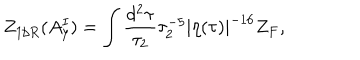
LaTeX: Z _ { 1 / R } ( A _ { y } ^ { I } ) = \int \frac { d ^ { 2 } \tau } { \tau _ { 2 } } \tau _ { 2 } ^ { - 5 } | \eta ( \tau ) | ^ { - 1 6 } Z _ { F } ,